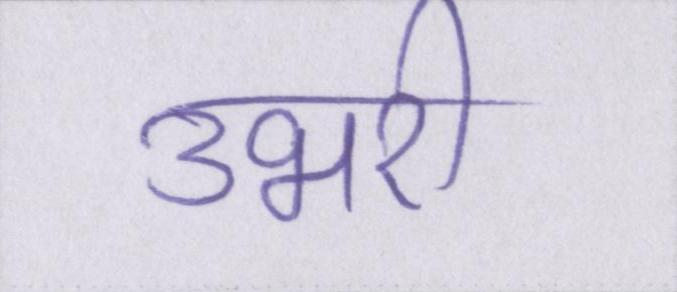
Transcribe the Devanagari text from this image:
उभरी